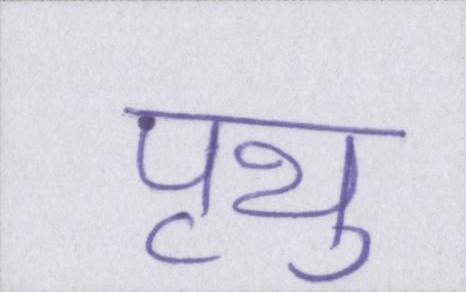
पृथु